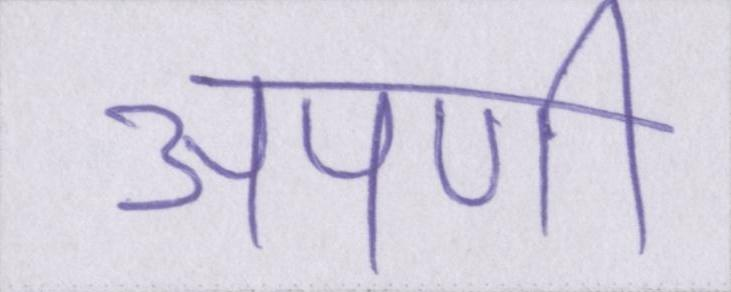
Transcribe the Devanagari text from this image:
अपणी